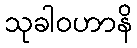
သုခါဝဟာနိ